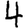
Digit: 4